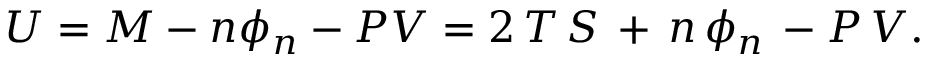
U = M - n \phi _ { n } - P V = 2 \, T \, S \, + \, n \, \phi _ { n } \, - P \, V .